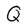
Character: Q